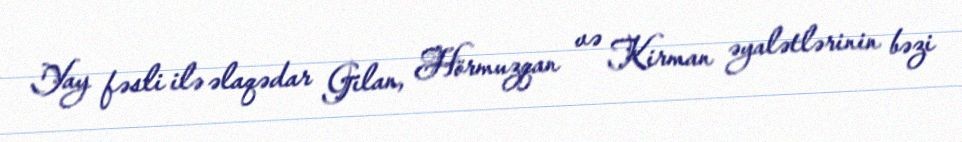
Yay fəsli ilə əlaqədar Gilan, Hörmuzqan və Kirman əyalətlərinin bəzi